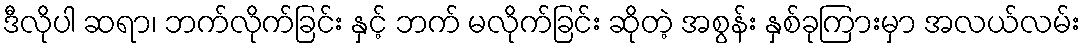
ဒီလိုပါ ဆရာ၊ ဘက်လိုက်ခြင်း နှင့် ဘက် မလိုက်ခြင်း ဆိုတဲ့ အစွန်း နှစ်ခုကြားမှာ အလယ်လမ်း